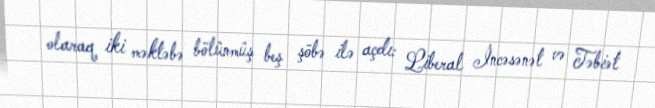
olaraq iki məktəbə bölünmüş beş şöbə ilə açdı: Liberal İncəsənət və Təbiət